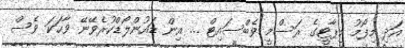
އަދި މިފޯމު މިޕާޓީގެ ރަސްމީ ވެބްސައިޓް ... އިން ޑައުންލޯޑްކުރެވޭނޭ ވާހަކަ ވެސް